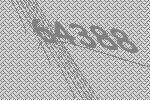
64388